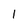
Character: 1